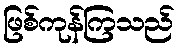
ဖြစ်ကုန်ကြသည်